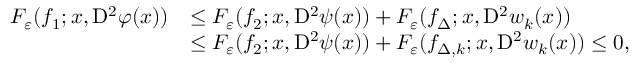
\begin{array} { r l } { F _ { \varepsilon } ( f _ { 1 } ; x , \mathrm { D } ^ { 2 } \varphi ( x ) ) } & { \leq F _ { \varepsilon } ( f _ { 2 } ; x , \mathrm { D } ^ { 2 } \psi ( x ) ) + F _ { \varepsilon } ( f _ { \Delta } ; x , \mathrm { D } ^ { 2 } w _ { k } ( x ) ) } \\ & { \leq F _ { \varepsilon } ( f _ { 2 } ; x , \mathrm { D } ^ { 2 } \psi ( x ) ) + F _ { \varepsilon } ( f _ { \Delta , k } ; x , \mathrm { D } ^ { 2 } w _ { k } ( x ) ) \leq 0 , } \end{array}